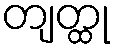
တျတ္ထု